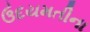
ઉદયમતીના